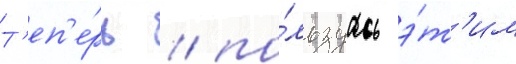
Т'еп'е́рь / по́льзуась э́т'им